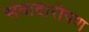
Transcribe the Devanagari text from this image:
संवादारोपण